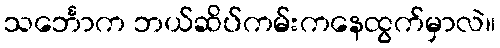
သင်္ဘောက ဘယ်ဆိပ်ကမ်းကနေထွက်မှာလဲ။